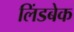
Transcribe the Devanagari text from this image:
लिंडबेक